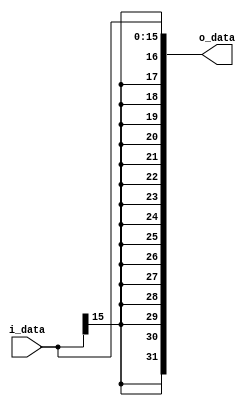
`timescale 1ns / 1ps

module sign_extend#(
        parameter NB_IN = 16,
        parameter NB_OUT = 32
    )
    (
        input [NB_IN-1:0]  i_data,
        output reg [NB_OUT-1:0] o_data
    );

    always@(*) begin
        o_data[NB_IN-1:0] = i_data[NB_IN-1:0];
        o_data[NB_OUT-1:NB_IN] = {NB_IN{i_data[NB_IN-1]}}; // se extiende el signo de i_data[15]
    end    
endmodule